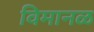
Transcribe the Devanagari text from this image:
विमानळ